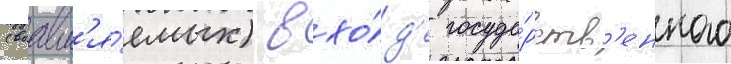
(выавл'я́емых) в хо́д'е госуда́рств'енного